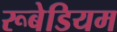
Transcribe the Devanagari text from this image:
रूबेडियम